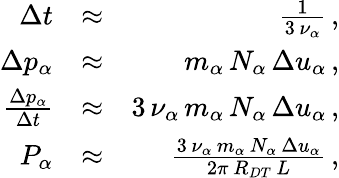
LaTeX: \begin{array}{rlr}{\Delta t}&{\approx}&{\frac{1}{3\, \nu_{\alpha}}\, ,}\\ {\Delta p_{\alpha}}&{\approx}&{m_{\alpha}\, N_{\alpha}\, \Delta u_{\alpha}\, ,}\\ {\frac{\Delta p_{\alpha}}{\Delta t}}&{\approx}&{3\, \nu_{\alpha}\, m_{\alpha}\, N_{\alpha}\, \Delta u_{\alpha}\, ,}\\ {P_{\alpha}}&{\approx}&{\frac{3\, \nu_{\alpha}\, m_{\alpha}\, N_{\alpha}\, \Delta u_{\alpha}}{2\pi\, R_{DT}\, L}\, ,}\end{array}